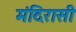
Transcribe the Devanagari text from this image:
मंदिरासी